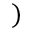
)